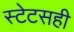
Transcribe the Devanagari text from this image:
स्टेटसही